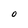
Character: O